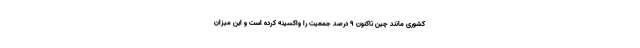
کشوری مانند چین تاکنون ٩ درصد جمعیت را واکسینه کرده است و این میزان